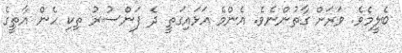
ބެލީމެވެ. ވަރަށް ގާތުންނެވެ. އެންމެ އަޅައިގަތީ ދެ ފަންސުރު ތިކި ހެން އާތީގެ